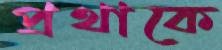
প্রথাকে